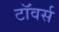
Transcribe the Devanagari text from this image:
टाॅवर्स